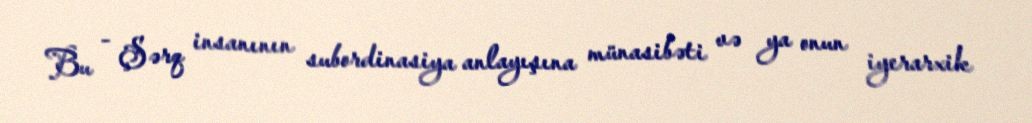
Bu - Şərq insanının subordinasiya anlayışına münasibəti və ya onun iyerarxik